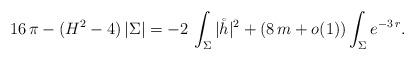
LaTeX: \begin{align*}16 \, \pi - (H^2 - 4) \, |\Sigma|= - 2 \, \int_\Sigma |\mathring h|^2 + (8 \, m +o(1)) \int_\Sigma e^{- 3 \, r} .\end{align*}